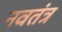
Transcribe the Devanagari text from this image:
नवतंत्र